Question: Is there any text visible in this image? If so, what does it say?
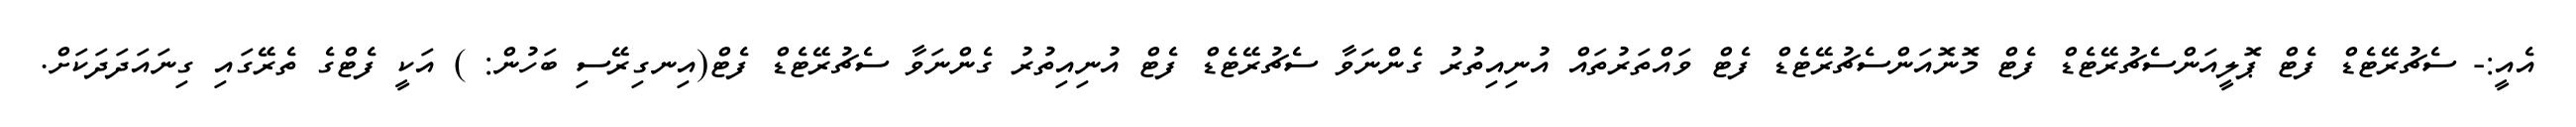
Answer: އެއީ:- ސެޗުރޭޓެޑް ފެޓް ޕޮލީއަންސެޗުރޭޓެޑް ފެޓް މޮނޮއަންސެޗުރޭޓެޑް ފެޓް ވައްތަރުތައް އުނިއިތުރު ގެންނަވާ ސެޗުރޭޓެޑް ފެޓް އުނިއިތުރު ގެންނަވާ ސެޗުރޭޓެޑް ފެޓް(އިނގިރޭސި ބަހުން: ) އަކީ ފެޓްގެ ތެރޭގައި ގިނައަދަދަކަށް.